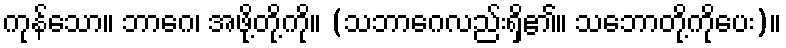
ကုန်သော။ ဘာဂေ၊ အဖို့တို့ကို။ (သဘာဂေလည်းရှိ၏။ သဘောတို့ကိုပေး)။